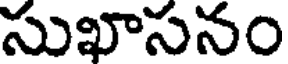
సుఖాసనం